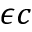
\epsilon c